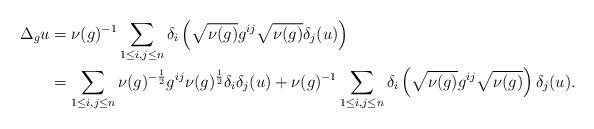
LaTeX: \begin{align*}\Delta_g u & = \nu(g)^{-1} \sum_{1\leq i,j\leq n} \delta_i \left( \sqrt{\nu(g)} g^{ij} \sqrt{\nu(g)}\delta_j(u)\right)\\& = \sum_{1\leq i,j\leq n} \nu(g)^{-\frac12}g^{ij}\nu(g)^{\frac12} \delta_i \delta_j (u)+ \nu(g)^{-1} \sum_{1\leq i,j\leq n} \delta_i \left( \sqrt{\nu(g)} g^{ij} \sqrt{\nu(g)}\right)\delta_j(u). \end{align*}